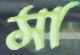
সা